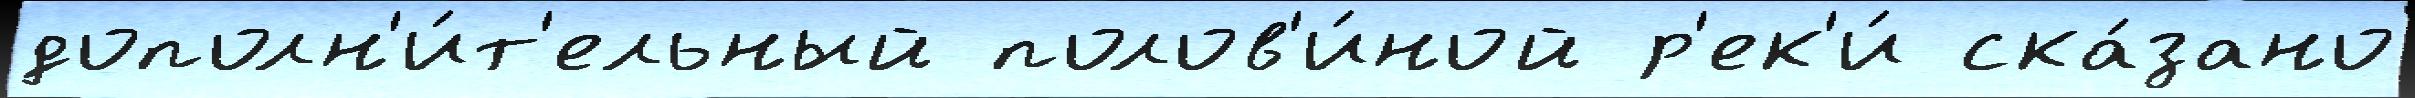
дополн'и́т'ельный полов'и́ной р'ек'и́ ска́зано